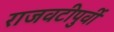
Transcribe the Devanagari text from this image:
राजवटीपुर्वी